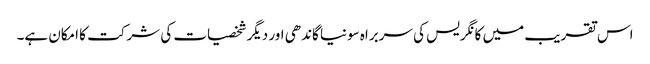
اس تقریب میں کانگریس کی سربراہ سونیا گاندھی اور دیگر شخصیات کی شرکت کا امکان ہے۔